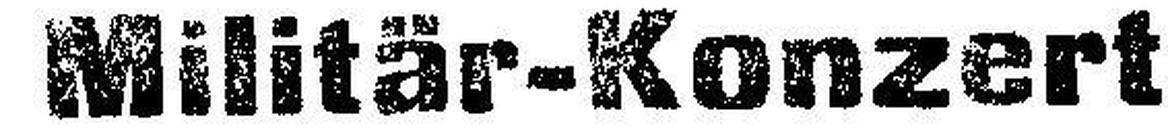
Militär-Konzert